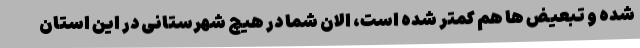
شده و تبعیض ها هم کمتر شده است، الان شما در هیچ شهرستانی در این استان